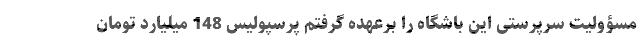
مسؤولیت سرپرستی این باشگاه را برعهده گرفتم پرسپولیس 148 میلیارد تومان